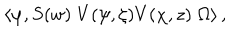
\left\langle \varphi , S ( w ) \; V ( \psi , \zeta ) V ( \chi , z ) \; \Omega \right\rangle ,